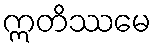
ဣတိဿမေ